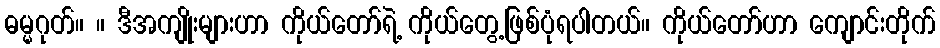
ဓမ္မဂုတ်။ ။ ဒီအကျိုးများဟာ ကိုယ်တော်ရဲ့ ကိုယ်တွေ့ဖြစ်ပုံရပါတယ်။ ကိုယ်တော်ဟာ ကျောင်းတိုက်